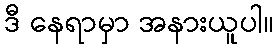
ဒီ နေရာမှာ အနားယူပါ။